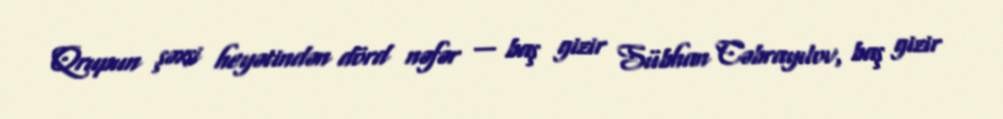
Qrupun şəxsi heyətindən dörd nəfər — baş gizir Sübhan Cəbrayılov, baş gizir